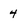
Character: 4